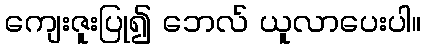
ကျေးဇူးပြု၍ ဘေလ် ယူလာပေးပါ။